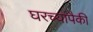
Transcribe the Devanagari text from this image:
घरच्यांपैकी